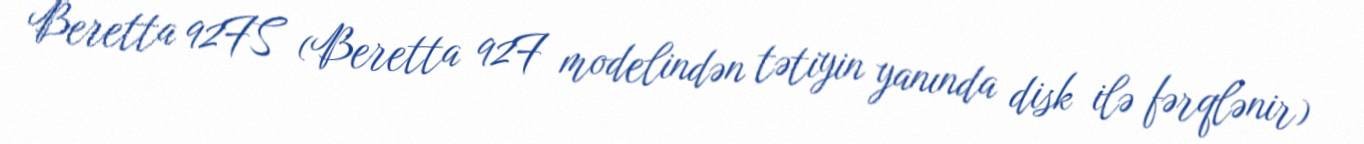
Beretta 92FS (Beretta 92F modelindən tətiyin yanında disk ilə fərqlənir)